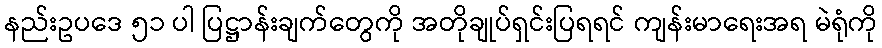
နည်းဥပဒေ ၅၁ ပါ ပြဋ္ဌာန်းချက်တွေကို အတိုချုပ်ရှင်းပြရရင် ကျန်းမာရေးအရ မဲရုံကို